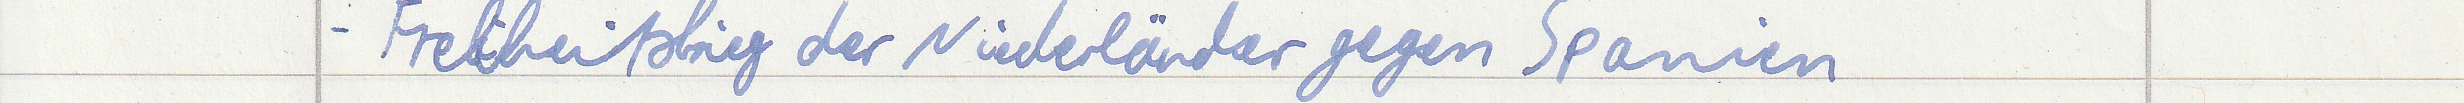
- Freiheitskrieg der Niederländer gegen Spanien